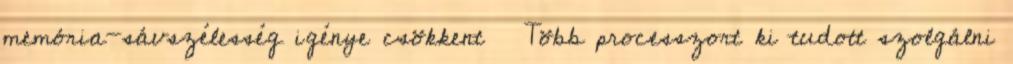
memória-sávszélesség igénye csökkent ● Több processzort ki tudott szolgálni